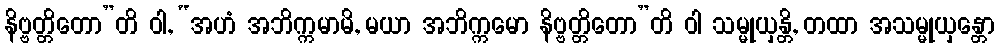
နိဗ္ဗတ္တိတော”တိ ဝါ, “အဟံ အဘိက္ကမာမိ, မယာ အဘိက္ကမော နိဗ္ဗတ္တိတော”တိ ဝါ သမ္မုယှန္တိ, တထာ အသမ္မုယှန္တော